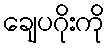
ချေပဂိုးကို